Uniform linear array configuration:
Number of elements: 4
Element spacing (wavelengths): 0.5
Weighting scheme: hann
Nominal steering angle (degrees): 30
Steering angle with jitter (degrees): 31.997
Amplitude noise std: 0.05
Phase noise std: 0.05

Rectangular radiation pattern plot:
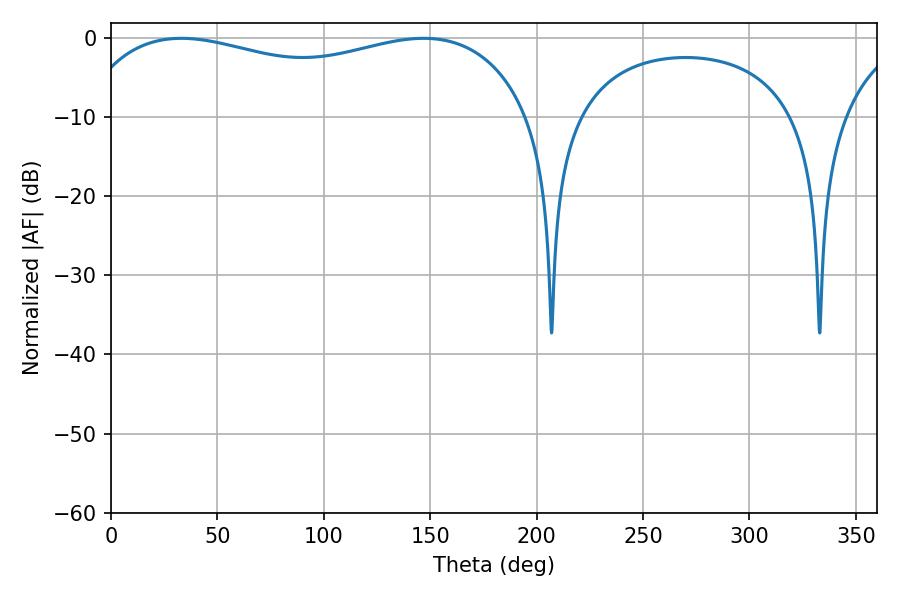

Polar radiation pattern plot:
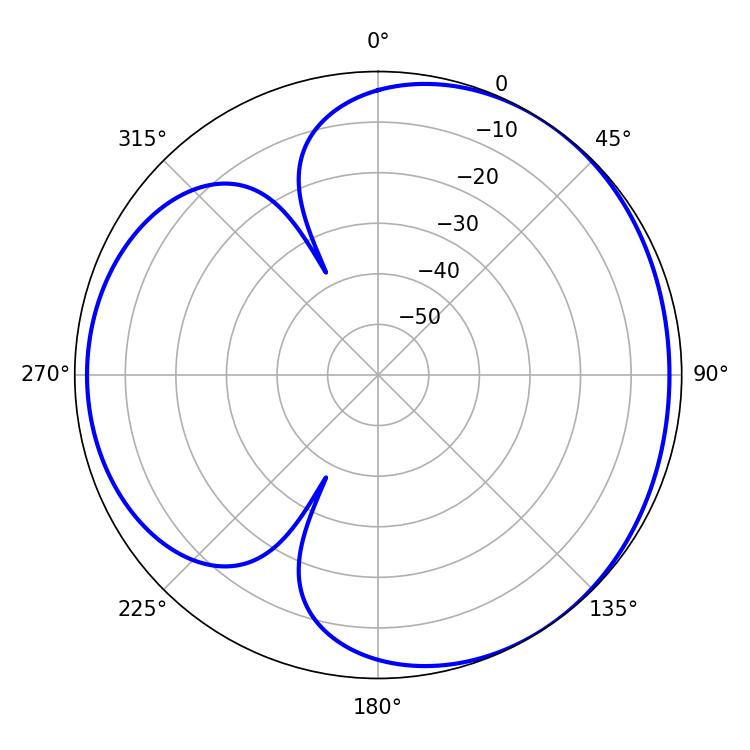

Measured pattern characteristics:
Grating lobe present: FALSE
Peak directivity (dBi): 3.542
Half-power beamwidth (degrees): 174.6
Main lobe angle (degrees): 33.12